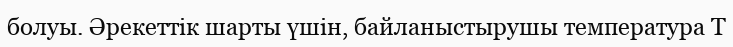
болуы. Әрекеттік шарты үшін, байланыстырушы температура Т